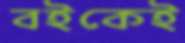
বইকেই